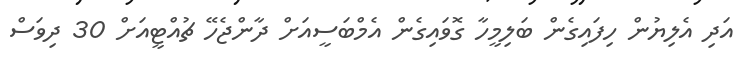
އަދި އެލިޔުން ހިފައިގެން ބަލިމީހާ ގޮވައިގެން އެމްބަސީއަށް ދާންޖެހޭ ޗުއްޓީއަށް 30 ދިވަސް